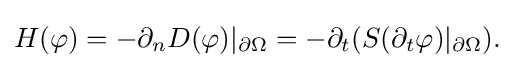
\displaystyle {H(\varphi )=-\partial _{n}D(\varphi )|_{\partial \Omega }=-\partial _{t}(S(\partial _{t}\varphi )|_{\partial \Omega }).}